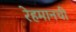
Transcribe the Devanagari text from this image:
रेहमानची